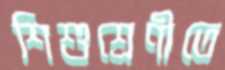
শিশুশ্রেণীতে